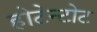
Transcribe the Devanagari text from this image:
होटेन्टोट